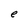
Character: e